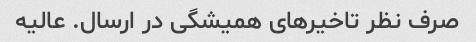
صرف نظر تاخیرهای همیشگی در ارسال. عالیه